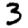
Digit: 3